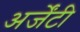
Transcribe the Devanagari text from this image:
अर्जेंटी